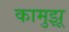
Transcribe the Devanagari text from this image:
कामुझू